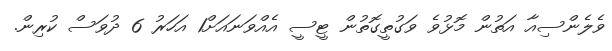
ވެލެންސިއާ އަތުން މޮޅުވެ ވަގުތީގޮތުން ޓީސީ އެއްވަނައަށް1 އަހަރު 6 ދުވަސް ކުރިން.